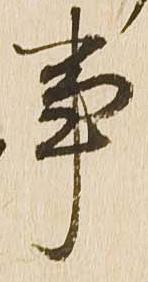
事